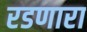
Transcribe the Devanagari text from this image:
रडणारा